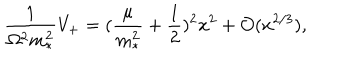
\frac { 1 } { \Omega ^ { 2 } m _ { * } ^ { 2 } } V _ { + } = ( \frac { \mu } { m _ { * } ^ { 2 } } + \frac { 1 } { 2 } ) ^ { 2 } x ^ { 2 } + { \cal O } ( x ^ { 2 / 3 } ) ,